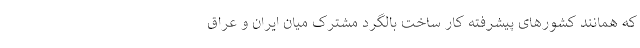
که همانند کشورهای پیشرفته کار ساخت بالگرد مشترک میان ایران و عراق